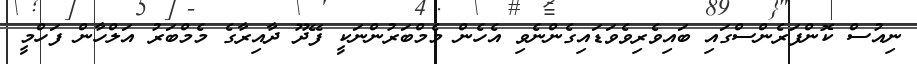
ނިއުސް ކޮންފަރެންސްގައި ބައިވެރިވެވަޑައިގެންނެވި އެހެން މެމްބަރުންނަކީ ފޭދޫ ދާއިރާގެ މެމްބަރު އަލްހާން ފަހްމީ